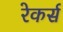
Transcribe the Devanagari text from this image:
रेकर्स